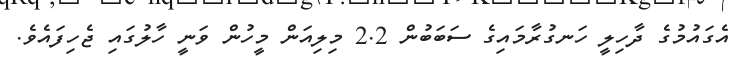
އެގައުމުގެ ދާހިލީ ހަނގުރާމައިގެ ސަބަބުން 2.2 މިލިއަން މީހުން ވަނީ ހާލުގައި ޖެހިފައެވެ.